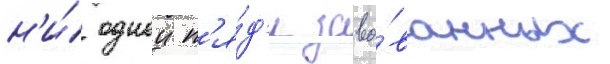
н'и́ однои п'я́д'и завоо́ванных